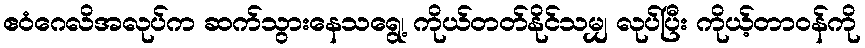
ဧဝံဂေလိအလုပ်က ဆက်သွားနေသရွေ့၊ ကိုယ်တတ်နိုင်သမျှ လုပ်ပြီး ကိုယ့်တာဝန်ကို